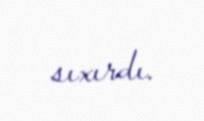
sıxırdı.